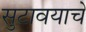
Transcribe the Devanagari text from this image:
सुटावयाचे